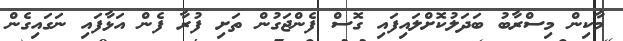
މާކިން މިސްރާބު ބަދަލުކޮށްލައިފައި ގޮސް ފެންޖަގުން ތަށި ފުރާ ފެން އަޅާފައި ނަގައިގެން